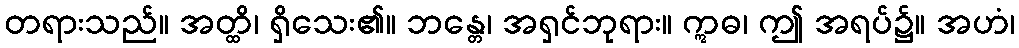
တရားသည်။ အတ္ထိ၊ ရှိသေး၏။ ဘန္တေ၊ အရှင်ဘုရား။ ဣဓ၊ ဤ အရပ်၌။ အဟံ၊